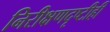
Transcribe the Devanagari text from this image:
निरीक्षणदृष्टीही